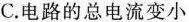
C.电路的总电流变小